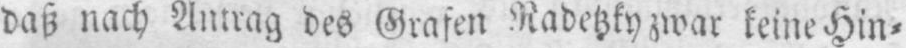
daß nach Antrag des Grafen Radetzky zwar keine Hin⸗